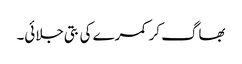
بھاگ کر کمرے کی بتی جلائی۔